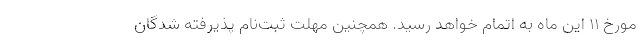
مورخ ۱۱ این ماه به اتمام خواهد رسید. همچنین مهلت ثبت‌نام پذیرفته شدگان